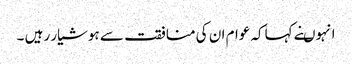
انہوںنے کہاکہ عوام ان کی منافقت سے ہوشیار رہیں ۔